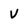
Character: V